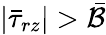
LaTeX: |\bar{\tau}_{rz}|>\bar{\mathcal{B}}